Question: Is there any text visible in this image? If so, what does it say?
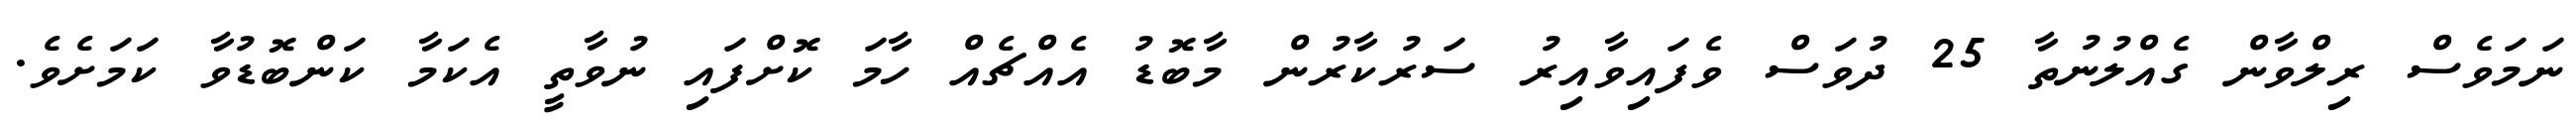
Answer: ނަމަވެސް ރިލްވާން ގެއްލުނުތާ 25 ދުވަސް ވެފައިވާއިރު ސަރުކާރުން މާބޮޑު އެއްޗެއް ހާމަ ކޮށްފައި ނުވާތީ އެކަމާ ކަންބޮޑުވާ ކަމަށެވެ.